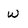
Character: W